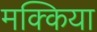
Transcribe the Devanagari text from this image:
मक्किया